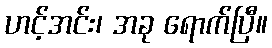
ဟင့်အင်း၊ အခု ရောက်ပြီ။